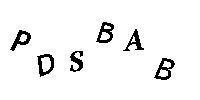
PDSBAB